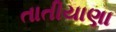
તાતીયાણા